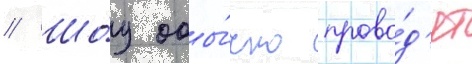
// Шо́у обы́чно прово́д'ят